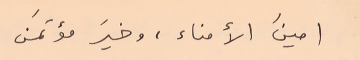
امينَ الأمناء، وخيرَ مؤتمنَ